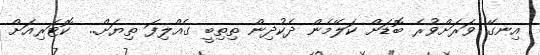
އިނގޭ ވަރަށްވުރެ ބޮޑަށް ކަލޭމެން ދެކުދިން ތިތިބީ ގެއްލިފަ ތިޔަށް..  ކޮޓަރިއަށް